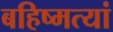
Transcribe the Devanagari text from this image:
बहिष्मत्यां